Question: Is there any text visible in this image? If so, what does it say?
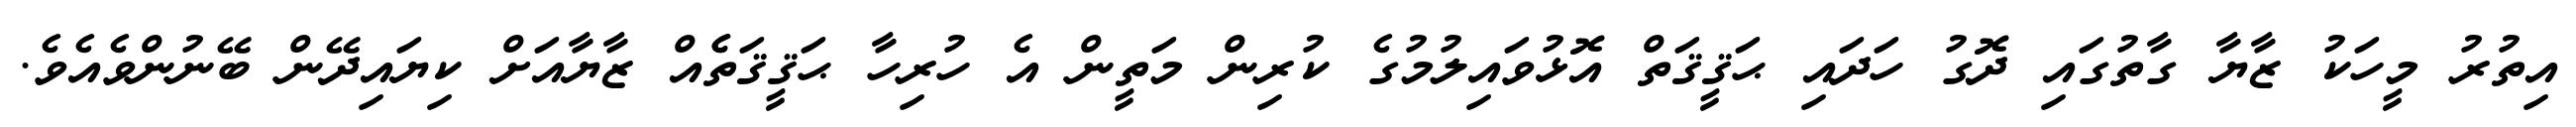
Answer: އިތުރު މީހަކު ޒާޔާ ގާތުގައި ދޮގު ހަދައި ޙަޤީޤަތް އޮޅުވައިލުމުގެ ކުރިން މަތީން އެ ހުރިހާ ޙަޤީޤަތެެއް ޒާޔާއަށް ކިޔައިދޭން ބޭނުންވެއެވެ.